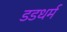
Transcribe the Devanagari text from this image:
डडधर्म